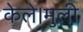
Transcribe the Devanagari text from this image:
केले।मुली